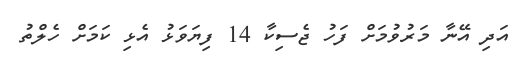
އަދި އޭނާ މަރުވުމަށް ފަހު ޖެސިކާ 14 ފިޔަވަޅު އެޅި ކަމަށް ހެލްތު